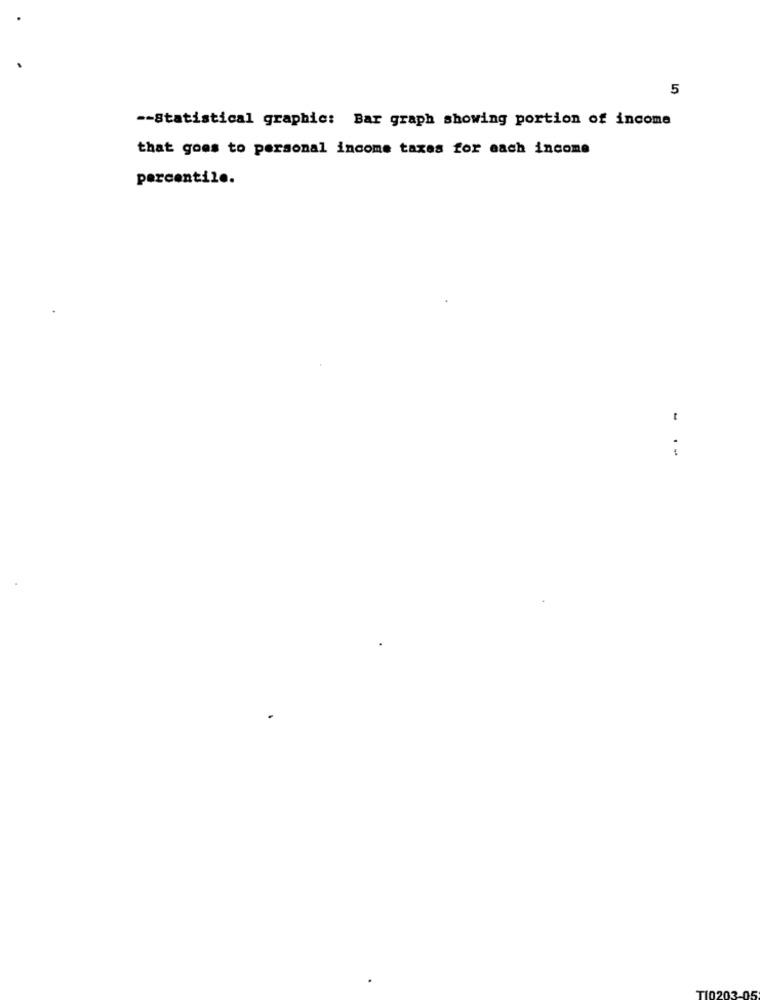
5
-- Statistical graphic: Bar graph showing portion of income
that goes to personal income taxes for each income
percentile.